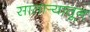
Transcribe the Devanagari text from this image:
सातार्‍यातून